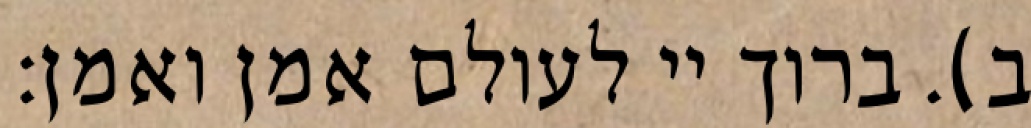
ב). ברוך יי לעולם אמן ואמן: